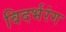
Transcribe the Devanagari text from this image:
विदर्भरंग